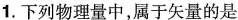
1.下列物理量中，属于矢量的是